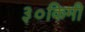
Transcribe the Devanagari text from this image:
३०किमी